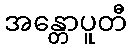
အန္တောပူတီ